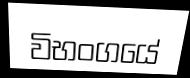
විභංගයේ